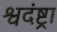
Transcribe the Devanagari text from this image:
श्वदंष्ट्रा